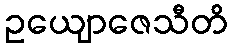
ဥယျောဇေသီတိ